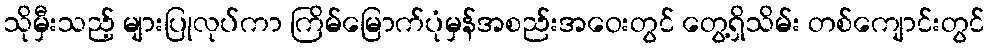
သိုမှီးသည့် များပြုလုပ်ကာ ကြိမ်မြောက်ပုံမှန်အစည်းအဝေးတွင် တွေ့ရှိသိမ်း တစ်ကျောင်းတွင်